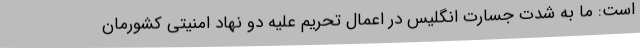
است: ما به شدت جسارت انگلیس در اعمال تحریم علیه دو نهاد امنیتی کشورمان